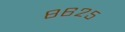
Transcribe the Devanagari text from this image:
८६२५